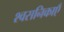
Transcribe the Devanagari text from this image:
श्वसनिकाएँ